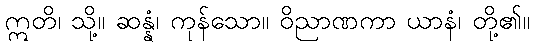
ဣတိ၊ သို့။ ဆန္နံ၊ ကုန်သော။ ဝိညာဏကာ ယာနံ၊ တို့၏။